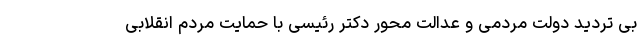
بی تردید دولت مردمی و عدالت محور دکتر رئیسی با حمایت مردم انقلابی